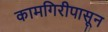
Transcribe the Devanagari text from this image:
कामगिरीपासून